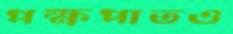
পক্ষপাতও